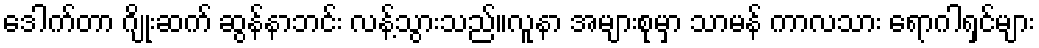
ဒေါက်တာ ဂျိုးဆက် ဆွန်နာဘင်း လန့်သွားသည်။လူနာ အများစုမှာ သာမန် ကာလသား ရောဂါရှင်များ